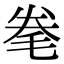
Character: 𣭮